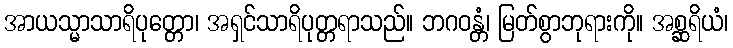
အာယသ္မာသာရိပုတ္တော၊ အရှင်သာရိပုတ္တရာသည်။ ဘဂဝန္တံ၊ မြတ်စွာဘုရားကို။ အစ္ဆရိယံ၊